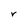
Character: V